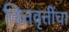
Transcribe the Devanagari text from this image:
चित्तवृत्तींचा